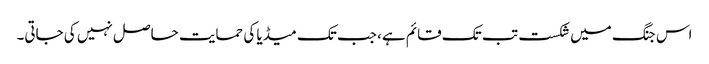
اس جنگ میں شکست تب تک قائم ہے، جب تک میڈیا کی حمایت حاصل نہیں کی جاتی۔